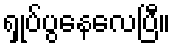
ရှုပ်ပွနေလေပြီ။